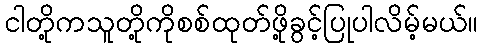
ငါတို့ကသူတို့ကိုစစ်ထုတ်ဖို့ခွင့်ပြုပါလိမ့်မယ်။